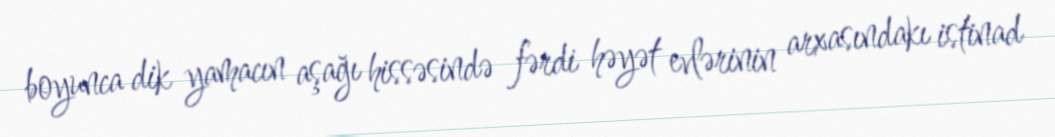
boyunca dik yamacın aşağı hissəsində fərdi həyət evlərinin arxasındakı istinad